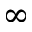
\infty